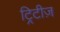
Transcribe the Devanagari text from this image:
ट्रिटीज़